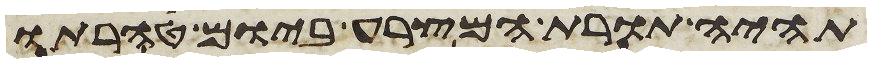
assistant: תהיה תורת המצרע ביום טהרתו